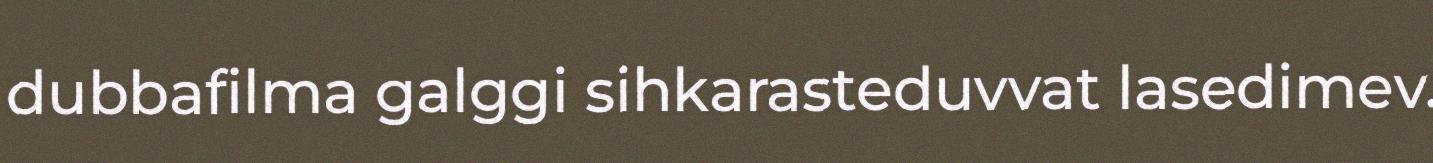
dubbafilma galggi sihkarasteduvvat lasedimev.